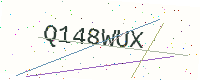
Text: Q148WUX